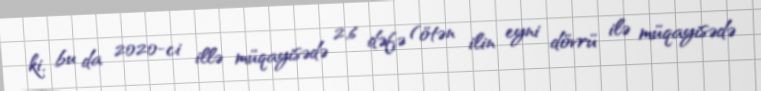
ki, bu da 2020-ci illə müqayisədə 2,6 dəfə (ötən ilin eyni dövrü ilə müqayisədə